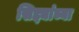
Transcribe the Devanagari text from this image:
सिद्द्यांच्या